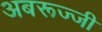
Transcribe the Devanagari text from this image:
अबरूज्जी